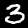
Digit: 3